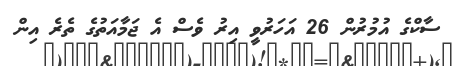
ސާކްގެ އުމުރުން 26 އަހަރުވީ އިރު ވެސް އެ ޖަމާއަތުގެ ތެރެ އިން